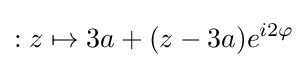
:z\mapsto 3a+(z-3a)e^{i2\varphi }